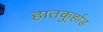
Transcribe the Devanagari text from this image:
हातकु्र्हाड